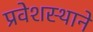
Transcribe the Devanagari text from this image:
प्रवेशस्थाने